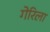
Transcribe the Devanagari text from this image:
गेरिला